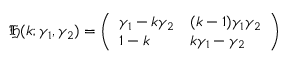
{ \mathfrak { H } } ( k ; \gamma _ { 1 } , \gamma _ { 2 } ) = { \left( \begin{array} { l l } { \gamma _ { 1 } - k \gamma _ { 2 } } & { ( k - 1 ) \gamma _ { 1 } \gamma _ { 2 } } \\ { 1 - k } & { k \gamma _ { 1 } - \gamma _ { 2 } } \end{array} \right) }